system: You are a helpful assistant.
user:
Analyze the provided spectrum to determine if it is a **White Dwarf (WD)**.

A White Dwarf spectrum is defined by its **extreme purity** (due to gravitational settling) and/or **extreme pressure broadening** (due to high surface gravity). You must check for one of the following mutually exclusive signatures:

- **Key Visual Indicators (Check for ONE of these types):**

    - **1. DA-Type Signature (Most Common):**
        - **(Primary Feature):** Extreme pressure broadening (Stark broadening) of the **Hydrogen (H) Balmer lines**.
        - **(Key Lines):** $H\beta$ (approx. $4861$ Å) and $H\gamma$ (approx. $4340$ Å). $H\alpha$ (approx. $6563$ Å) will also be present if the wavelength range covers it.
        - **(Line Profile):** This is the **defining feature**. The lines are **NOT** sharp. They appear as massive, **extremely broad and deep "troughs" or "dips"** in the spectrum, often hundreds of Ångströms wide. The continuum will appear to "scoop" down at these wavelengths.
        - **(Distinction):** Normal A-type or B-type stars have *narrow* and *sharp* Hydrogen lines. A DA White Dwarf's lines are unmistakably "smeared" or "blurry" from pressure.

    - **2. DB-Type Signature:**
        - **(Primary Feature):** Broad absorption lines from **Neutral Helium (He I)**. The spectrum must lack any visible Hydrogen lines.
        - **(Key Lines):** Look for broad absorption near $4471$ Å, $4921$ Å, and $5876$ Å.
        - **(Line Profile):** These lines are also significantly pressure-broadened, appearing much wider than they would in a normal B-type main-sequence star.

    - **3. DC-Type Signature:**
        - **(Primary Feature):** A **featureless continuous spectrum**.
        - **(Line Profile):** The spectrum is a smooth curve with **no significant absorption or emission lines**.
        - **(Key Confirmation):** The continuum is almost always **blue or white**, indicating a hot object. This signature implies the atmosphere is so pure (or so cool) that no spectral lines are visible in the optical range. Its WD identity is confirmed by its extremely low intrinsic brightness (high absolute magnitude).

    - **4. DZ-Type Signature (Metal-Polluted):**
        - **(Primary Feature):** **Isolated, narrow metal absorption lines** on an otherwise featureless (DC-like) continuum.
        - **(Key Lines):** The **Calcium (Ca II) H & K doublet** (approx. **$3934$ Å** and **$3968$ Å**) is the most common and defining feature.
        - **(Line Profile):** These lines are "out of place." They are *not* part of a "forest" of thousands of lines. This signature is evidence of recent *accretion* (pollution) from rocky debris.
        - **(Distinction):** Normal G/K/M stars have a *dense forest* of thousands of metal lines. A DZ has a *clean* continuum with *only a few* strong metal lines.

    - **5. DQ-Type Signature (Carbon-Polluted):**
        - **(Primary Feature):** Absorption bands from **Carbon (C₂ "Swan Bands" or atomic C I)**.
        - **(Key Lines - C₂):** Look for bandheads with a "saw-tooth" shape near $5635$ Å, **$5165$ Å** (strongest), and $4737$ Å.
        - **(Key Confirmation):** The underlying **continuum must be blue or white** (hot).
        - **(Distinction):** This is the critical difference from a **Carbon Star**, which has the *exact same* C₂ bands but on an extremely **red, cool** continuum.

- **(Overall Spectrum):**
    - The continuum (overall shape) is typically **blue-sloping** (brighter in the blue than the red), as most white dwarfs are very hot.
    - The spectrum will look "pure" or "simple," dominated by only *one* of the five signatures listed above.

Think first, call **spectral_visualization_tool** if needed to examine features in detail, then provide your final answer. Your response must adhere to the following strict rules:
1.  **Overall Structure:** Your response must follow the format `<think>...</think> <tool_call>...</tool_call> (if a tool is used) <answer>...</answer>`.
2.  **Tool Usage Constraint:** You may only make **one** tool call per turn.
3.  **Final Answer Format:** In the `<answer>` tag, your conclusion must be inside a `\boxed{}` command (e.g., `\boxed{YES}` or `\boxed{NO}`), followed by your justification.

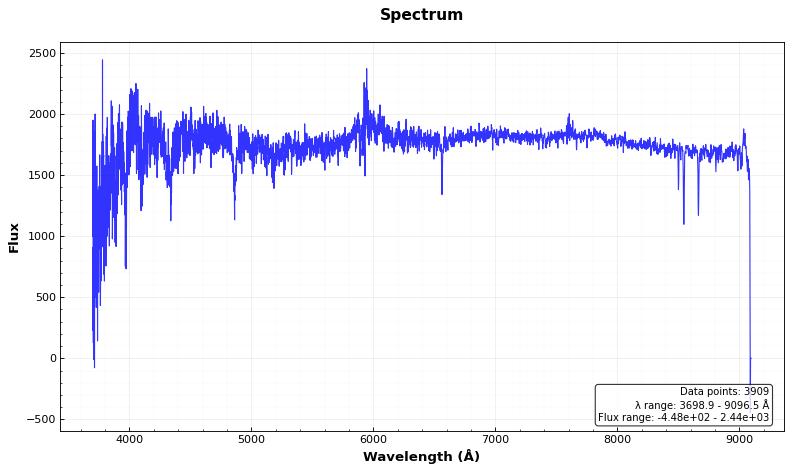
Answer: NO